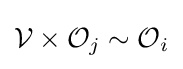
{\mathcal {V}}\times {\mathcal {O}}_{j}\sim {\mathcal {O}}_{i}